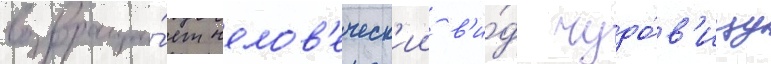
возвраща́ет челов'еческ'ии в'и́д чудо́в'ищу